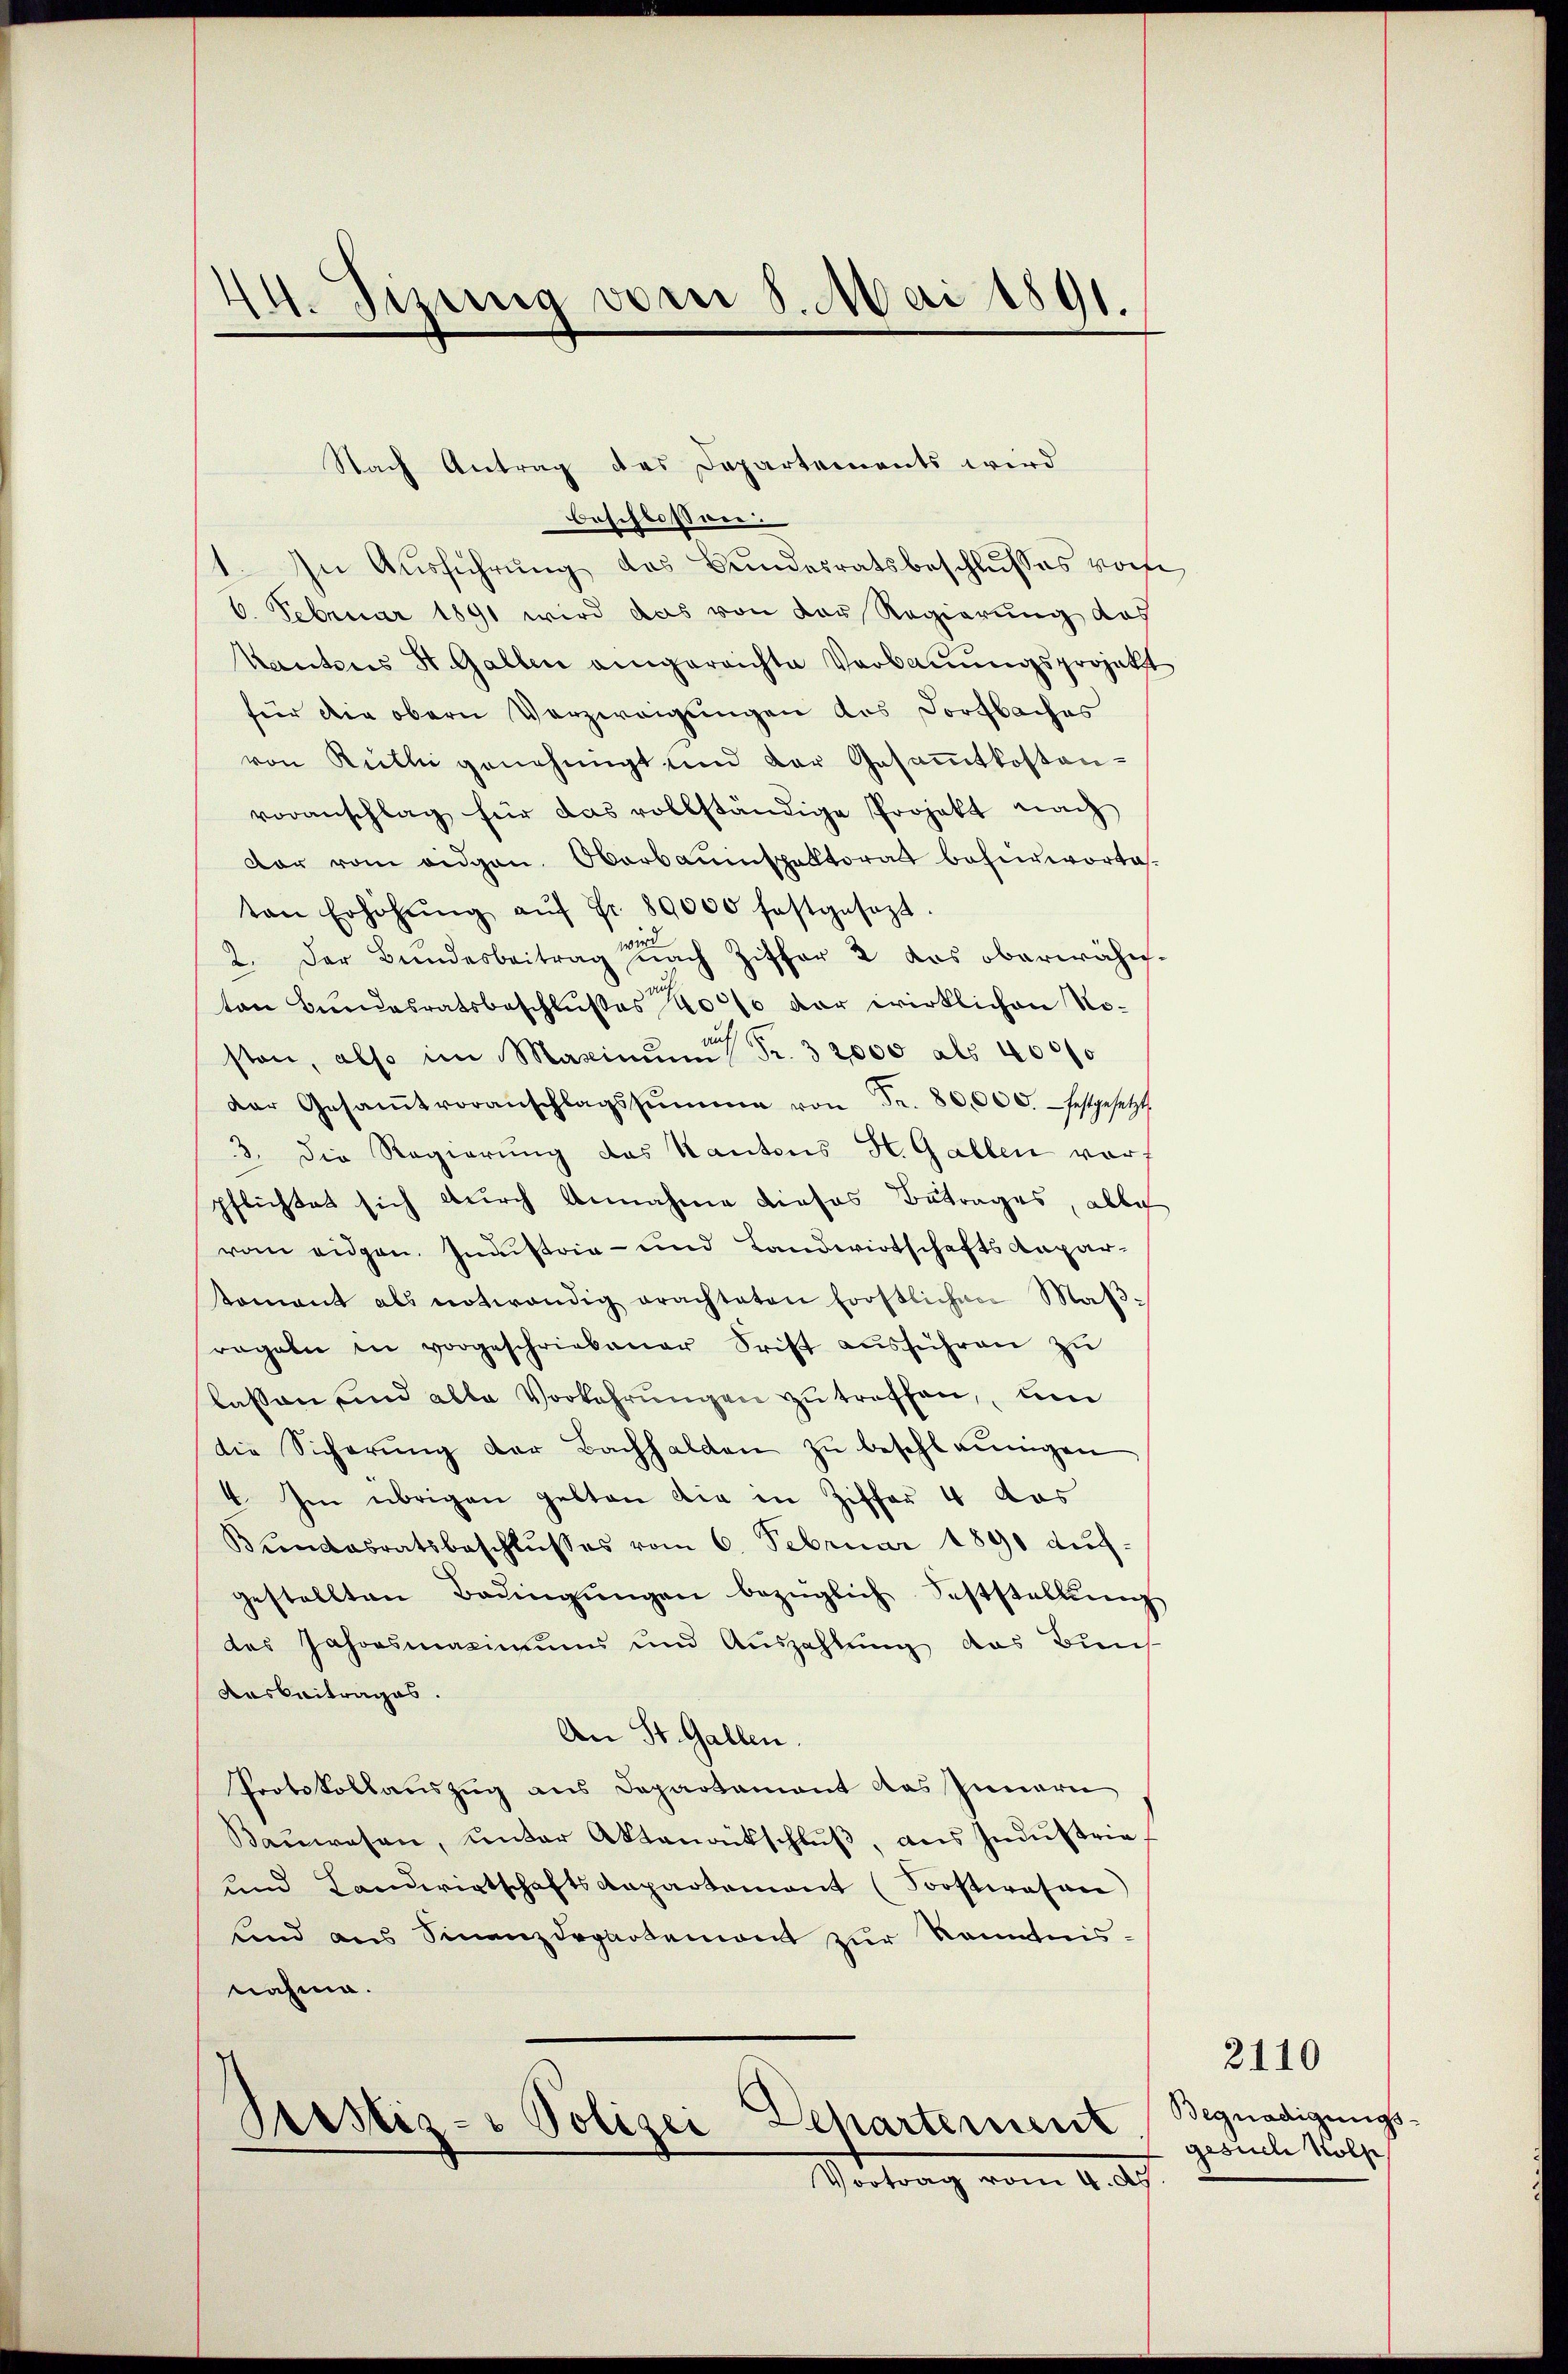
14. Sizung vom 8. Mai 1891.

Nach Antrag das Departements wird

beschloss wie
In Ausführung des Bundesratsbeschlusses vor¬
6. Februar 1891 wird das von der Regierung das
Kantons St. Gallen angereichte Verbauungsprojekt
für die obern Verzweigungen des Dorfbaches
von Rütli genehmigt und der Gesammtkosten-
voranschlag für das vollständige Projekt nach
dar vom eidgen. Oberbauinspektorat befürwortasten Erhöhŭng aŭf Fr. 89000 festgesezt
2. Der Bŭndesbeitrag nach Ziffer 2 das oberwähn-
ton Bundesratsbeschlußes 40% der wirklichen No-
ston, also im Maximum Fr. 32000 als 4000
der Gesaṁtvoranschlagssŭmme von Fr. 80,000. festgesetzt
3. die Regierung des Kantons H. Gallen vorf
pflichtes sich durch Annahme dieses Betrages, alle
rom eidgen. Innistria- und Landwirtschafts Anpartament als notwendig erachteten frostlichen Maβ-
regeln in vorgeschriebener Frist aŭsführen zu
lassen und alle Vorkehrŭngen zŭ treffen, um
die Sicherŭng der Bachhalten zŭ beschleunigen
4. Im übrigen gelten die in Ziffer 4 das
Kŭndesratsbeschlŭsses vom 6. Februar 1890 auf-
gestellten Badingŭngen bezüglich Feststellŭng
des Jahresmaximums und Auszahlung das Buns
Ausbeitrages.
An St. Gallen.
Protokollauszug aus Departament das Innern
Baŭwesen, ŭnter Aktandtschlŭβ, ans Industrie
und Landwirtschaftsdepartement (Soostwesen
und aus Finanzdepartemont zur Kenntnis-
nahme.
Dchartement
Justiz- Polizei
Vortrag vom 4. Ap

)

Begnadigungsgesuch Wolf

2110